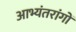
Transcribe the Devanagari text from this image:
आभ्यंतरांगों